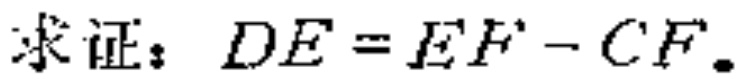
求证：$DE = EF - CF$.